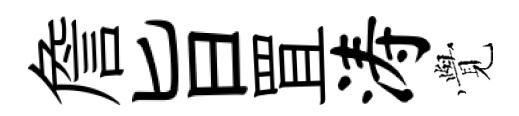
詹旨罝涛𮗜